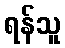
ရန်သူ